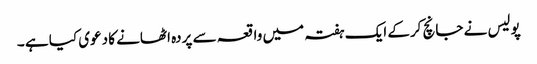
پولیس نے جانچ کرکے ایک ہفتہ میں واقعہ سے پردہ اٹھانے کا دعوی کیا ہے ۔